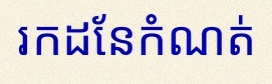
រកដែនកំណត់